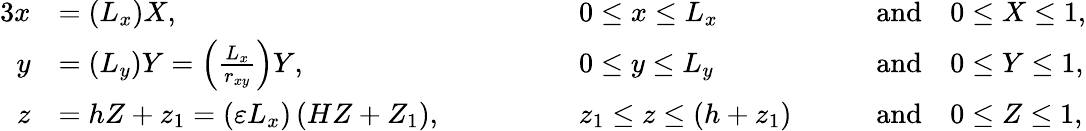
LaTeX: \begin{array}{rlrlrl}{{3}x}&{=\left(L_{x}\right)X,\quad\quad\quad}&&{0\leq x\leq L_{x}\quad}&&{\mathrm{and}\quad 0\leq X\leq 1,}\\ {y}&{=\left(L_{y}\right)Y=\left(\frac{L_{x}}{r_{xy}}\right)Y,\quad\quad\quad}&&{0\leq y\leq L_{y}\quad}&&{\mathrm{and}\quad 0\leq Y\leq 1,}\\ {z}&{=hZ+z_{1}=\left(\varepsilon L_{x}\right)\left(HZ+Z_{1}\right),\quad\quad\quad}&&{z_{1}\leq z\leq\left(h+z_{1}\right)\quad}&&{\mathrm{and}\quad 0\leq Z\leq 1,}\end{array}